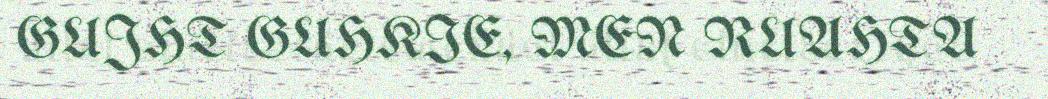
GUJHT GUHKIE, MEN RUAHTA